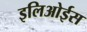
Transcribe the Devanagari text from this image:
इलिओईस